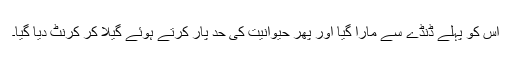
اس کو پہلے ڈنڈے سے مارا گیا اور پھر حیوانیت کی حد پار کرتے ہوئے گیلا کر کرنٹ دیا گیا۔